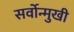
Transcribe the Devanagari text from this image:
सर्वोन्मुखी